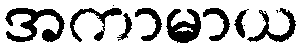
အကာမာယ